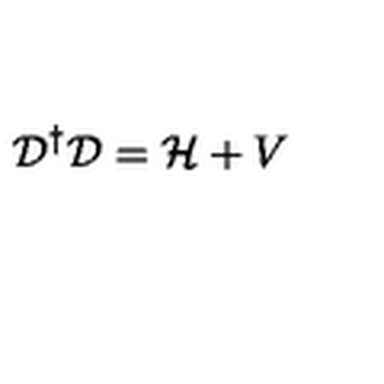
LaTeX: { \cal { D } } ^ { \dagger } { \cal { D } } = { \cal { H } } + V